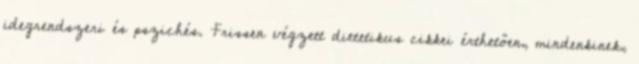
idegrendszeri és pszichés. Frissen végzett dietetikus cikkei érthetően, mindenkinek,